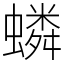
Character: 䗲